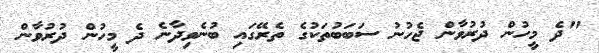
"ދެ މީހުން ދުރުވާން ޖެހުނު ސަބަބުތަކުގެ ތެރޭގައި ބުނެވިދާނެ ދެ މީހުން ދުރުވާން